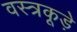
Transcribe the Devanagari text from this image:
वस्त्रकूड़े